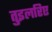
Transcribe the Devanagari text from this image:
तुइलरिए